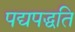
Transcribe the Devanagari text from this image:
पद्यपद्धति